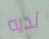
لديه